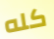
كله